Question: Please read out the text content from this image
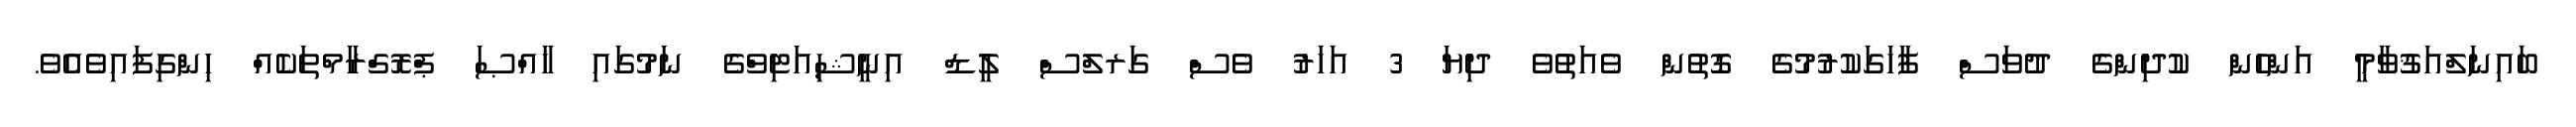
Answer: ބައިނަލްއަޤުވާމީ އަންހެން ކުދިންގެ ދުވަސް ފާހަގަކުރުމުގެ ގޮތުން ވެއަތުވެ ދިޔަ 3 އަހަރު ވެސް ގަރލްސް ލީޑް އިނީޝިއަޓިވްގެ ނަމުގައި ޚާއްޞަ ޕްރޮގްރާމްތަކެއް ހިންގިފައިވެއެވެ.